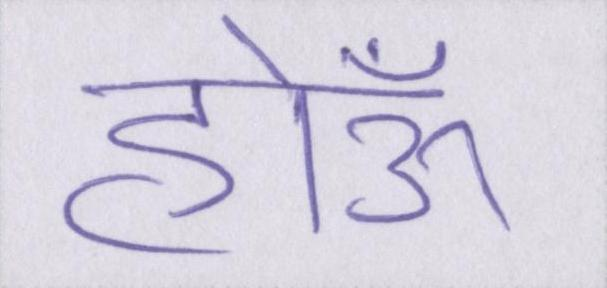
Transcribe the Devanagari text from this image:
होऊँ